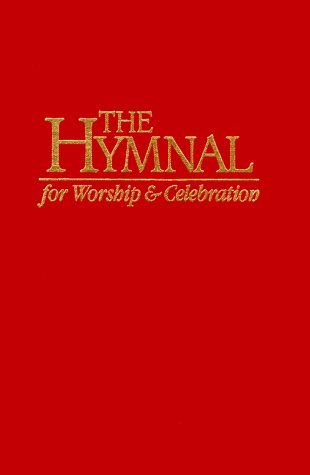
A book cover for The Hymnal for Worship and Celebration (Red); Word Music; Christian Books & Bibles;